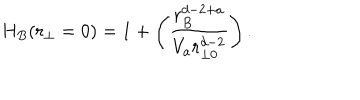
LaTeX: H _ { B } ( r _ { \perp } = 0 ) = 1 + \left( { \frac { r _ { B } ^ { d - 2 + a } } { V _ { a } r _ { \perp 0 } ^ { d - 2 } } } \right) .